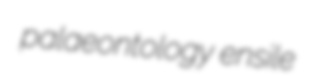
palaeontology ensile